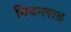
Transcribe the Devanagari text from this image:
चिकलाड